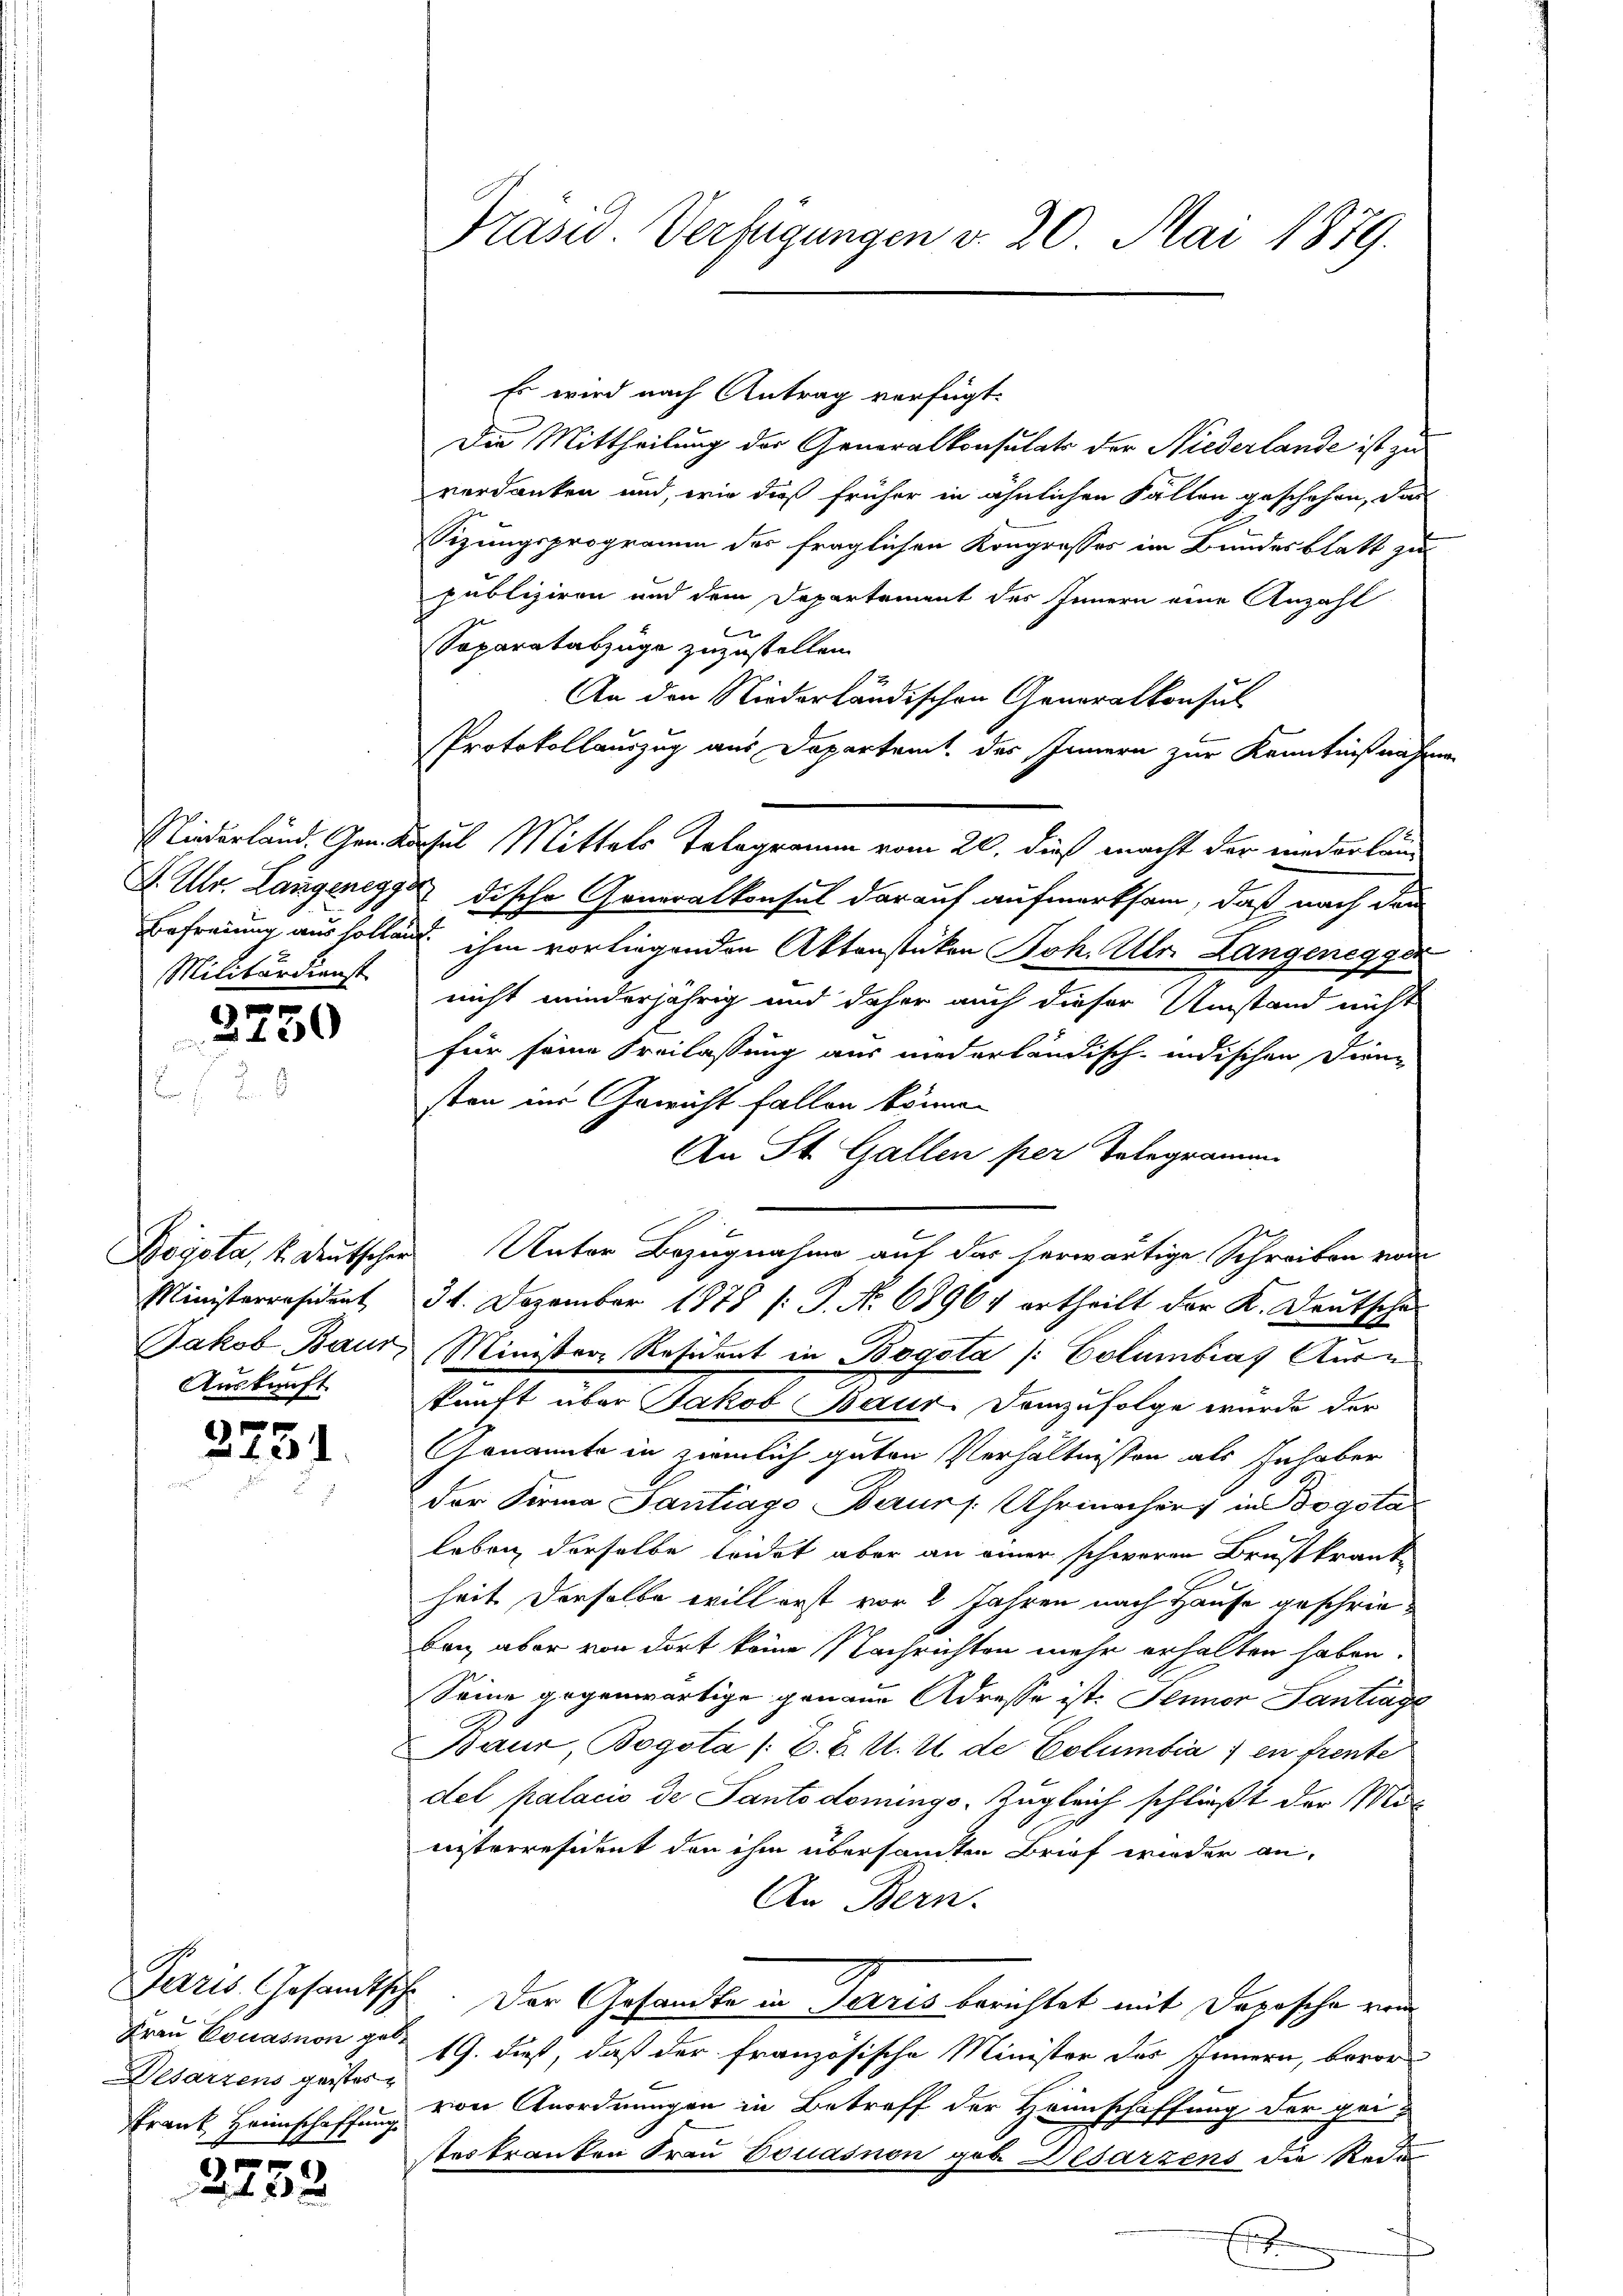
Militärdienst

3
245

Auskunft

2731.

Desarzens geister

2733

Es wird nach Antrag verfügt:
Die Mittheilung der Generalkonsulats der Niederlande ist zu
verdanken und, wie dieß früher in ähnlichen Fallen geschehen, das
.
Sizungsprogramm des fraglichen Kongrosses im Bundesblatt zu
publiziren und dem Departement des Innern eine Anzahl
Separatabzüge zuzustellen.
An den Niederländischen Generalkonsul
Protokollauszug aus Departemt, des Innern zur Kenntnißnahm
Niederland. Gen. Kochel Mittels Telegramm vom 20. dieß macht der niederlau
H. Ulr. Langenegg dische Generalkonsul darauf aufmerksam, daß nach da
Befreiung aus sollend ihm vorliegenden Aktenstüken Joh. Ulr. Langeneggen
nicht minderjährig und daher auch dieser Umstand nicht
für seine Freilassung aus niederländisch-indischen Dien-
sten in Gewicht fallen können
An St. Gallen per Telegramen
Ministerräsident 34. Dezember 1878 /: P. No 68964 ertheilt der K. Deutsche
Jakob Baur, Minister Resident in Bogota /: Columbias Ausn
kunft über Jakob Baur. Demzufolge wurde der
Genannte in ziemlich guten Verhältnissen als Inhaber
der Firma Gantrags Baurs. Uhrmacher in Bogota
leben derselbe leidet aber an einer schworen Brustkranke
heit derselbe will erst vor 2 Jahren nach Hause geschrieban, aber von dort keine Nachrichten mehr erhalten haben.
Seine gegenwärtige genaue Adresse ist. Jenner Santrage
Baur, Bogota /:Z. B. U. u. de Columbia; en freute
del palacio de Panto domings, Zugleich schließt der Manisterresident den ihm übersandten Brief wieder an-
An Bern.
Jaris Gesandtsche. Der Gesandte in Terris berichtet mit Daposche ver
Frau Couasion zu 19. dieß, daß der französische Minister des Innern, bevor¬
Frank Heimschaffung von Anordnungen in Betreff der Heimschiffung der peiteskranken Frau Bouasnon gob. Desarzens die Rede
E
1

Präsid. Verfügungen v. 20. Mai 1879.

Bogota, k. deutscher Unter Bezugnahme auf das herwärtige Schreiben von